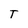
Character: T